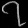
Digit: ၇